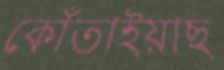
কোঁতাইয়াছ